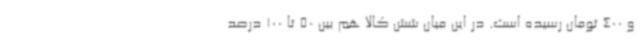
و 400 تومان رسیده است. در این میان شش کالا هم بین 50 تا 100 درصد